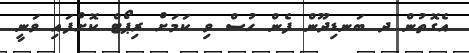
އެގޮތުން ދ ބަނޑިދޫން ފެން ހުސް ވި ކަމަށް ރިޕޯޓް ކޮށްފައި ވަނީ